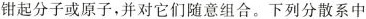
钳起分子或原子，并对它们随意组合。下列分散系中